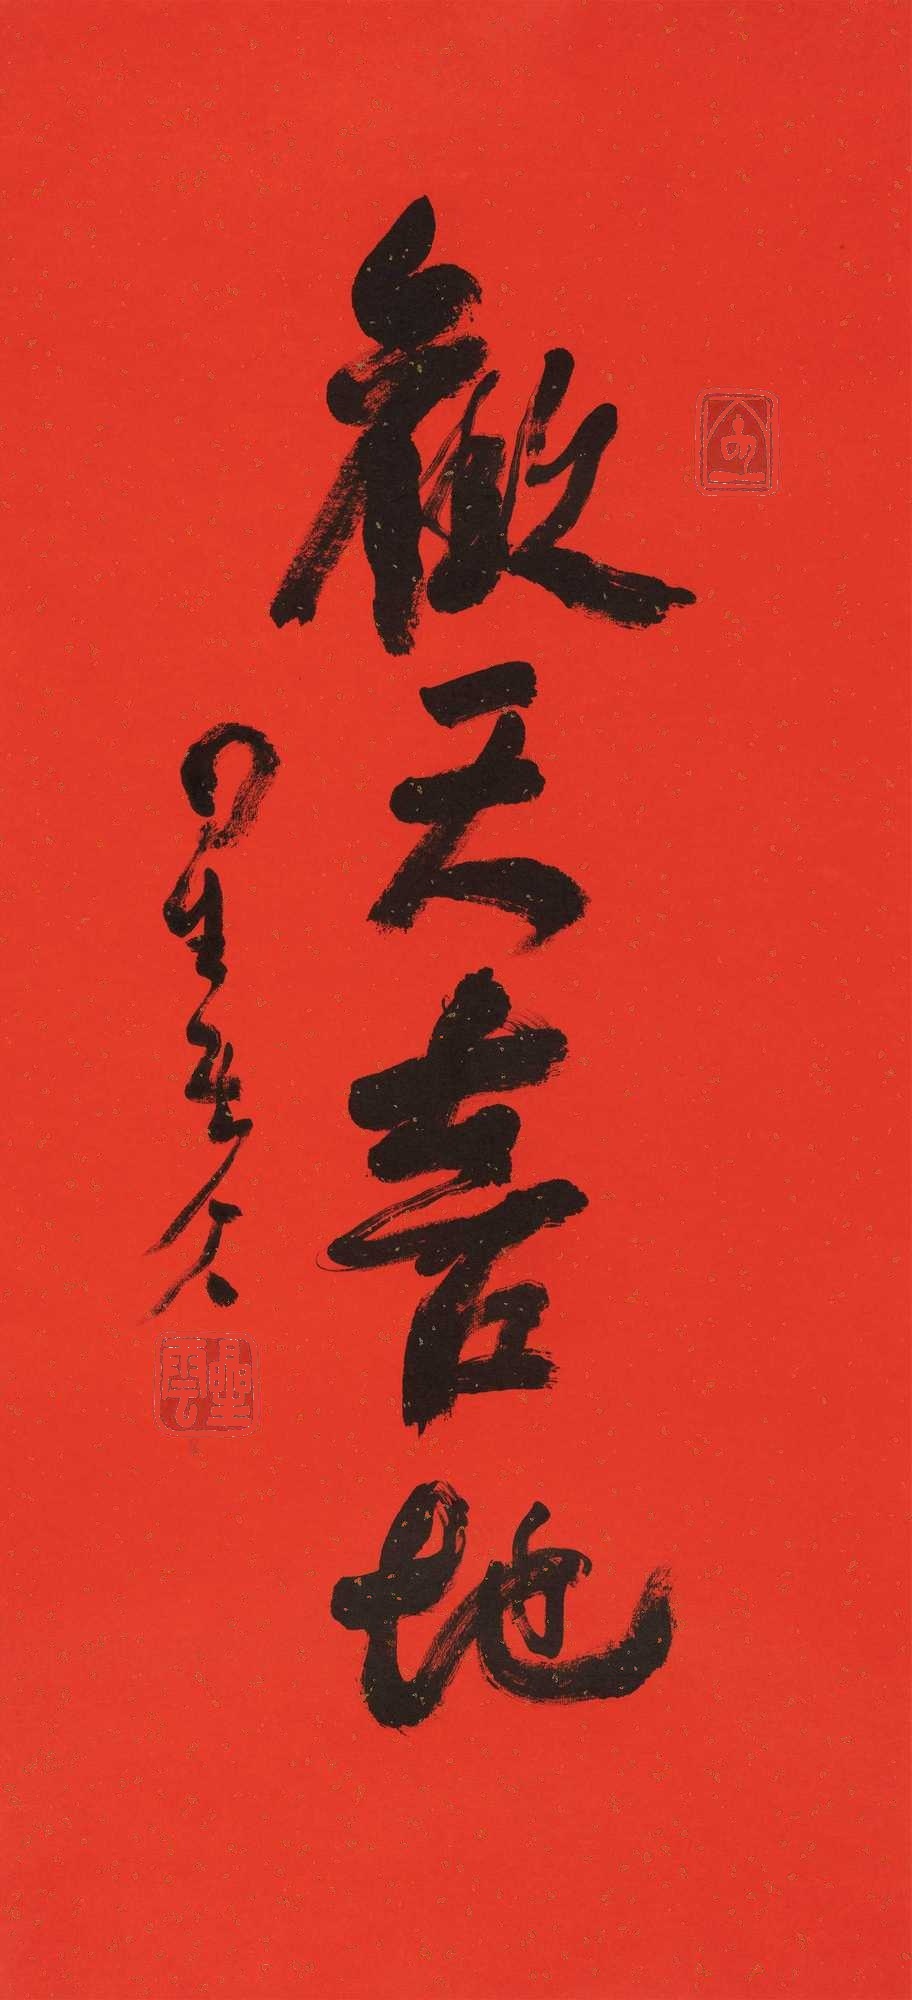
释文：欢天喜地星云八八。